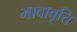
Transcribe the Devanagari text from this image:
भावावृत्ति